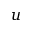
u